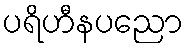
ပရိဟီနပညော